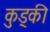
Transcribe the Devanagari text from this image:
कुड्की